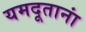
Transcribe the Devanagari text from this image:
यमदूतानां